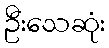
ဦးသေဆုံး